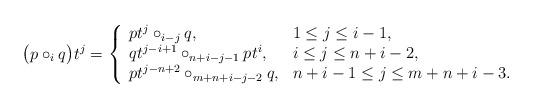
LaTeX: \begin{align*} \big( p \circ_i q \big) t^j = \left\{ \begin{array}{ll} pt^j \circ_{i-j} q, & 1\leq j \leq i-1, \\ qt^{j-i+1} \circ_{n+i-j-1} pt^i, & i\leq j \leq n+i-2, \\ pt^{j-n+2} \circ_{m+n+i-j-2} q, & n+i-1 \leq j \leq m+n+i-3. \end{array} \right.\end{align*}